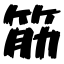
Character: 筋